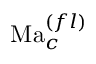
\mathrm { M a } _ { c } ^ { ( f l ) }